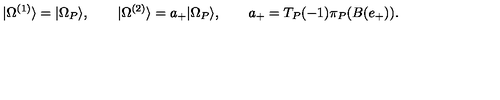
| \Omega ^ { ( 1 ) } \rangle = | \Omega _ { P } \rangle , \qquad | \Omega ^ { ( 2 ) } \rangle = a _ { + } | \Omega _ { P } \rangle , \qquad a _ { + } = T _ { P } ( - 1 ) \pi _ { P } ( B ( e _ { + } ) ) .